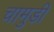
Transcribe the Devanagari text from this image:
चामुडी